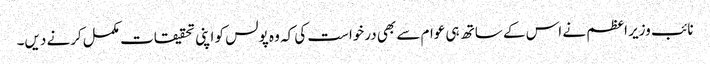
نائب وزیر اعظم نے اس کے ساتھ ہی عوام سے بھی درخواست کی کہ وہ پولس کو اپنی تحقیقات مکمل کرنے دیں۔